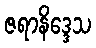
ဇရာနိဒ္ဒေသ